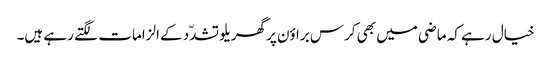
خیال رہے کہ ماضی میں بھی کرس براؤن پرگھریلو تشدّد کے الزامات لگتے رہے ہیں۔